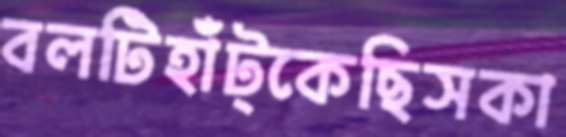
বলটিহাঁট্‌কেছিসকা